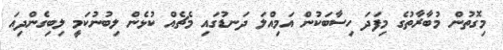
މިގޮތުން މުބާރާތުގެ މިފަދަ ހިސާބަކުން އަމިއްލަ ދަނޑުގައި މެޗެއް ކުޅެން ލިބުނުކަމީ ލިބިގެންދިއަ